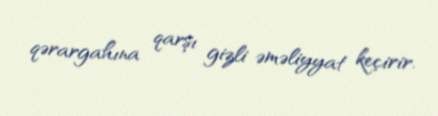
qərargahına qarşı gizli əməliyyat keçirir.